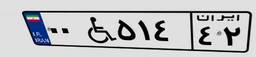
۰۰W۵۱۴۴۲